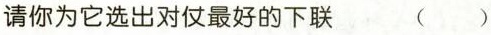
请你为它选出对仗最好的下联 ( )